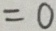
= 0